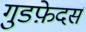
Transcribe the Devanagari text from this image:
गुडफ़ेदर्स